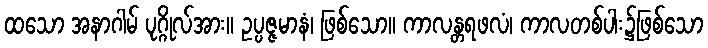
ထသော အနာဂါမ် ပုဂ္ဂိုလ်အား။ ဥပ္ပဇ္ဇမာနံ၊ ဖြစ်သော။ ကာလန္တရဖလံ၊ ကာလတစ်ပါး၌ဖြစ်သော